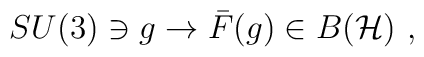
SU(3) \ni g \rightarrow {\bar F}(g) \in B({\cal H}) \ ,